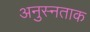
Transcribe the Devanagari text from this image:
अनुस्नताक